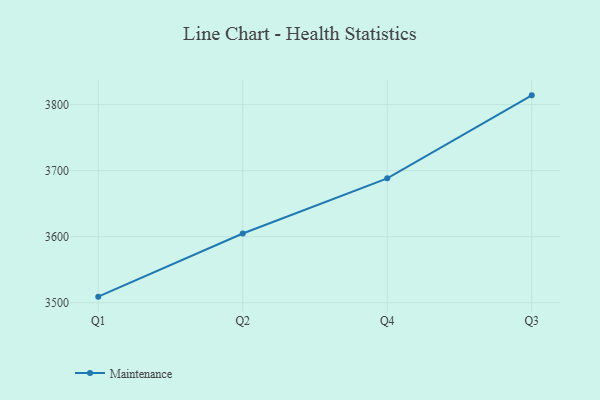
{"axis": {"x": "Quarter", "y": "Page Views"}, "legend": ["Maintenance"], "data": [{"x": "Q1", "y": 3509.2, "type": "Maintenance"}, {"x": "Q2", "y": 3604.8, "type": "Maintenance"}, {"x": "Q4", "y": 3688.3, "type": "Maintenance"}, {"x": "Q3", "y": 3814.0, "type": "Maintenance"}]}